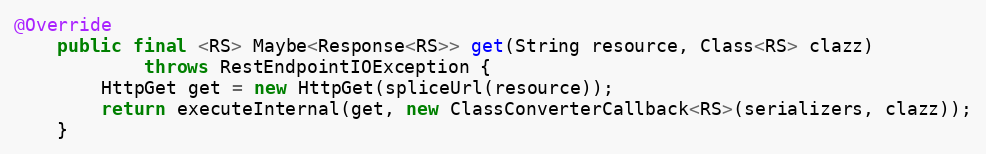
Language: Java
@Override
    public final <RS> Maybe<Response<RS>> get(String resource, Class<RS> clazz)
            throws RestEndpointIOException {
        HttpGet get = new HttpGet(spliceUrl(resource));
        return executeInternal(get, new ClassConverterCallback<RS>(serializers, clazz));
    }